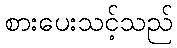
စားပေးသင့်သည်